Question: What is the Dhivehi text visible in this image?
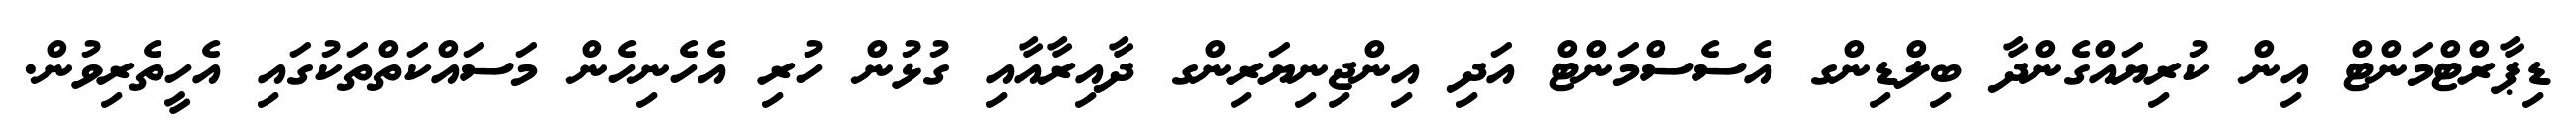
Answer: ޑިޕާރްޓްމަންޓް އިން ކުރިޔައްގެންދާ ބިލްޑިންގ އެސެސްމަންޓް އަދި އިންޖިނިޔަރިންގ ދާއިރާއާއި ގުޅުން ހުރި އެހެނިހެން މަސައްކަތްތަކުގައި އެހީތެރިވުން.